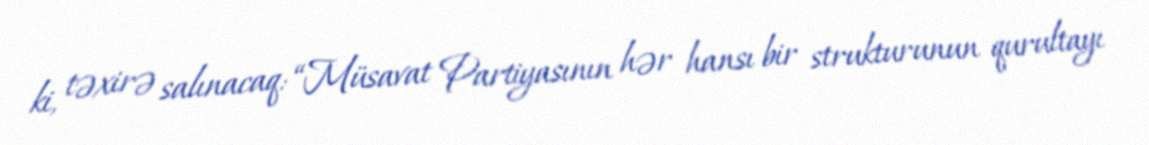
ki, təxirə salınacaq: “Müsavat Partiyasının hər hansı bir strukturunun qurultayı